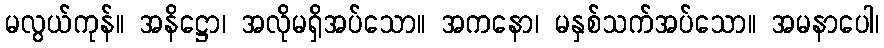
မလွယ်ကုန်။ အနိဋ္ဌော၊ အလိုမရှိအပ်သော။ အကနော၊ မနှစ်သက်အပ်သော။ အမနာပေါ၊